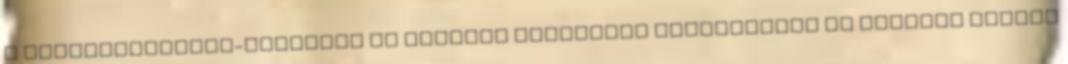
a túlzottdeficit-eljárást az Európai Bizottság javaslatára az Európai Tanács